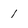
Character: 1